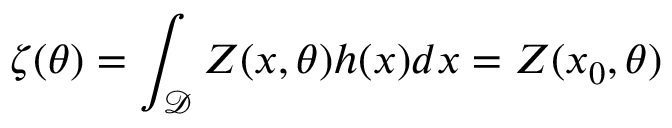
\boldsymbol { \zeta } ( \theta ) = \int _ { \mathcal { D } } \boldsymbol { Z } ( \boldsymbol { x } , \theta ) h ( \boldsymbol { x } ) d \boldsymbol { x } = \boldsymbol { Z } ( \boldsymbol { x } _ { 0 } , \theta )